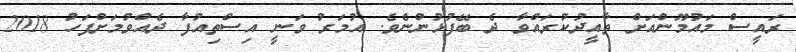
ރައީސް މައުމޫންއަށް ތާއީދުކުރައްވާ ދެ ބޭފުޅުންނެވެ. އުމަރު ވަނީ އިސްތިއުފާ ދެއްވުމަށްފަހު 2018